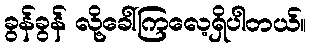
ခွန်ခွန် လို့ခေါ်ကြလေ့ရှိပါတယ်။